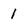
Character: 1